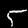
Label: 5